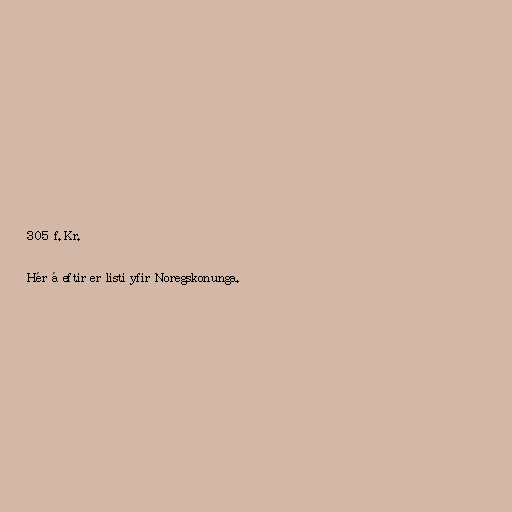
305 f.Kr.

Hér á eftir er listi yfir Noregskonunga.